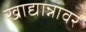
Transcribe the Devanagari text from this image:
खाद्यान्नावर